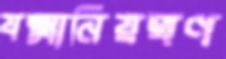
যক্ষ্মানিয়ন্ত্রণ